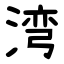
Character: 湾